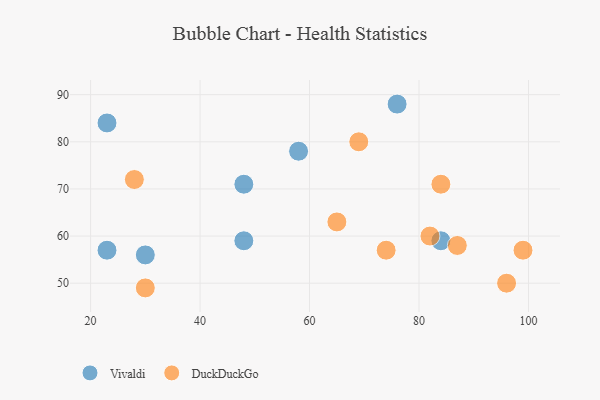
{"axis": {"x": "GDP", "y": "Life Expectancy"}, "legend": ["DuckDuckGo", "Vivaldi"], "data": [{"x": "23", "y": 84, "type": "Vivaldi"}, {"x": "48", "y": 59, "type": "Vivaldi"}, {"x": "30", "y": 56, "type": "Vivaldi"}, {"x": "76", "y": 88, "type": "Vivaldi"}, {"x": "58", "y": 78, "type": "Vivaldi"}, {"x": "48", "y": 71, "type": "Vivaldi"}, {"x": "23", "y": 57, "type": "Vivaldi"}, {"x": "84", "y": 59, "type": "Vivaldi"}, {"x": "87", "y": 58, "type": "DuckDuckGo"}, {"x": "28", "y": 72, "type": "DuckDuckGo"}, {"x": "96", "y": 50, "type": "DuckDuckGo"}, {"x": "65", "y": 63, "type": "DuckDuckGo"}, {"x": "84", "y": 71, "type": "DuckDuckGo"}, {"x": "30", "y": 49, "type": "DuckDuckGo"}, {"x": "99", "y": 57, "type": "DuckDuckGo"}, {"x": "69", "y": 80, "type": "DuckDuckGo"}, {"x": "74", "y": 57, "type": "DuckDuckGo"}, {"x": "82", "y": 60, "type": "DuckDuckGo"}]}